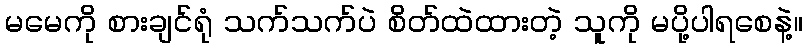
မမေကို စားချင်ရုံ သက်သက်ပဲ စိတ်ထဲထားတဲ့ သူကို မပို့ပါရစေနဲ့။